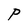
Character: P